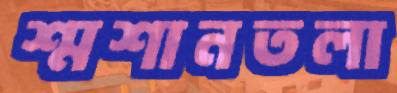
শ্মশানতলা